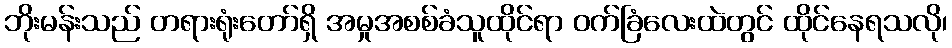
ဘိုးမန်းသည် တရားရုံးတော်ရှိ အမှုအစစ်ခံသူထိုင်ရာ ဝက်ခြံလေးထဲတွင် ထိုင်နေရသလို၊